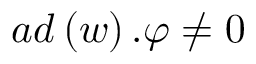
a d \left( w \right) . \varphi \neq 0